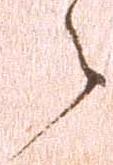
々